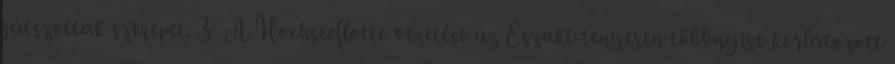
játszottak szerepet. 3 A Hochseeflotte vezetése az Északi-tengeren többnyire korlátozott